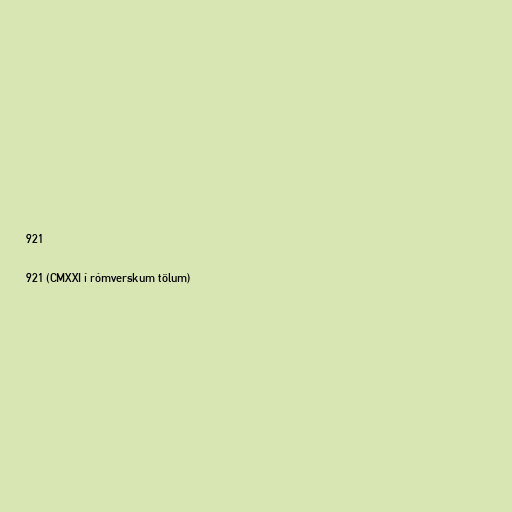
921

921 (CMXXI í rómverskum tölum)